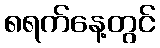
၈ရက်နေ့တွင်